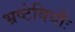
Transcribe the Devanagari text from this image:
भ्रष्टेविधौः